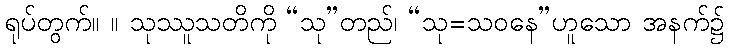
ရုပ်တွက်။ ။ သုဿူသတိကို “သု”တည်၊ “သု=သဝနေ”ဟူသော အနက်၌